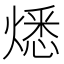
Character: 𤎕